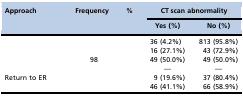
<table><thead><tr><td rowspan="2"><b>Approach</b></td><td rowspan="2"><b>Frequency</b></td><td rowspan="2"><b>%</b></td><td colspan="2"><b>CT scan abnormality</b></td></tr><tr><td><b>Yes (%)</b></td><td><b>No (%)</b></td></tr></thead><tbody><tr><td>[EMPTY_CELL]</td><td>[EMPTY_CELL]</td><td>[EMPTY_CELL]</td><td>36 (4.2%)</td><td>813 (95.8%)</td></tr><tr><td>[EMPTY_CELL]</td><td>[EMPTY_CELL]</td><td>[EMPTY_CELL]</td><td>16 (27.1%)</td><td>43 (72.9%)</td></tr><tr><td>[EMPTY_CELL]</td><td>98</td><td>[EMPTY_CELL]</td><td>49 (50.0%)</td><td>49 (50.0%)</td></tr><tr><td>[EMPTY_CELL]</td><td>[EMPTY_CELL]</td><td>[EMPTY_CELL]</td><td>—</td><td>—</td></tr><tr><td>Return to ER</td><td>[EMPTY_CELL]</td><td>[EMPTY_CELL]</td><td>9 (19.6%)</td><td>37 (80.4%)</td></tr><tr><td>[EMPTY_CELL]</td><td>[EMPTY_CELL]</td><td>[EMPTY_CELL]</td><td>46 (41.1%)</td><td>66 (58.9%)</td></tr></tbody></table>